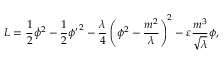
L = \frac { 1 } { 2 } { \dot { \phi } } ^ { 2 } - \frac { 1 } { 2 } { { \phi } ^ { \prime } } ^ { 2 } - \frac { \lambda } { 4 } \left( \phi ^ { 2 } - \frac { m ^ { 2 } } { \lambda } \right) ^ { 2 } - \varepsilon \frac { m ^ { 3 } } { \sqrt \lambda } \phi ,